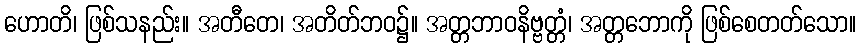
ဟောတိ၊ ဖြစ်သနည်း။ အတီတေ၊ အတိတ်ဘဝ၌။ အတ္တဘာဝနိဗ္ဗတ္တံ၊ အတ္တဘောကို ဖြစ်စေတတ်သော။